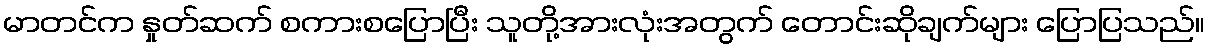
မာတင်က နှုတ်ဆက် စကားစပြောပြီး သူတို့အားလုံးအတွက် တောင်းဆိုချက်များ ပြောပြသည်။